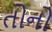
તોનો